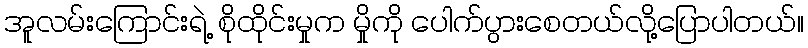
အူလမ်းကြောင်းရဲ့ စိုထိုင်းမှုက မှိုကို ပေါက်ပွားစေတယ်လို့ပြောပါတယ်။